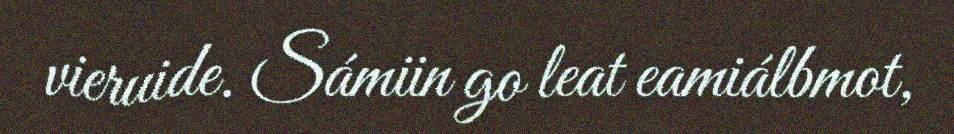
vieruide. Sámiin go leat eamiálbmot,